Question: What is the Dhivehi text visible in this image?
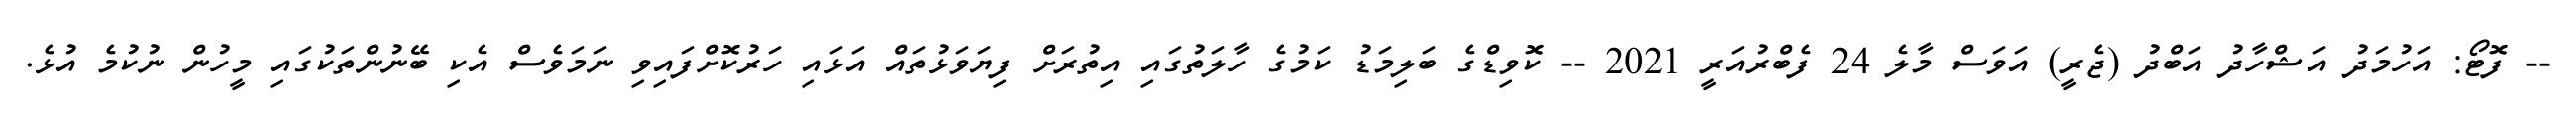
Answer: -- ފޮޓޯ: އަހުމަދު އަޝްހާދު އަބްދު (ޖެރީ) އަވަސް މާލެ 24 ފެބްރުއަރީ 2021 -- ކޮވިޑްގެ ބަލިމަޑު ކަމުގެ ހާލަތުގައި އިތުރަށް ފިޔަވަޅުތައް އަޅައި ހަރުކޮށްފައިވި ނަމަވެސް އެކި ބޭނުންތަކުގައި މީހުން ނުކުމެ އުޅެ.